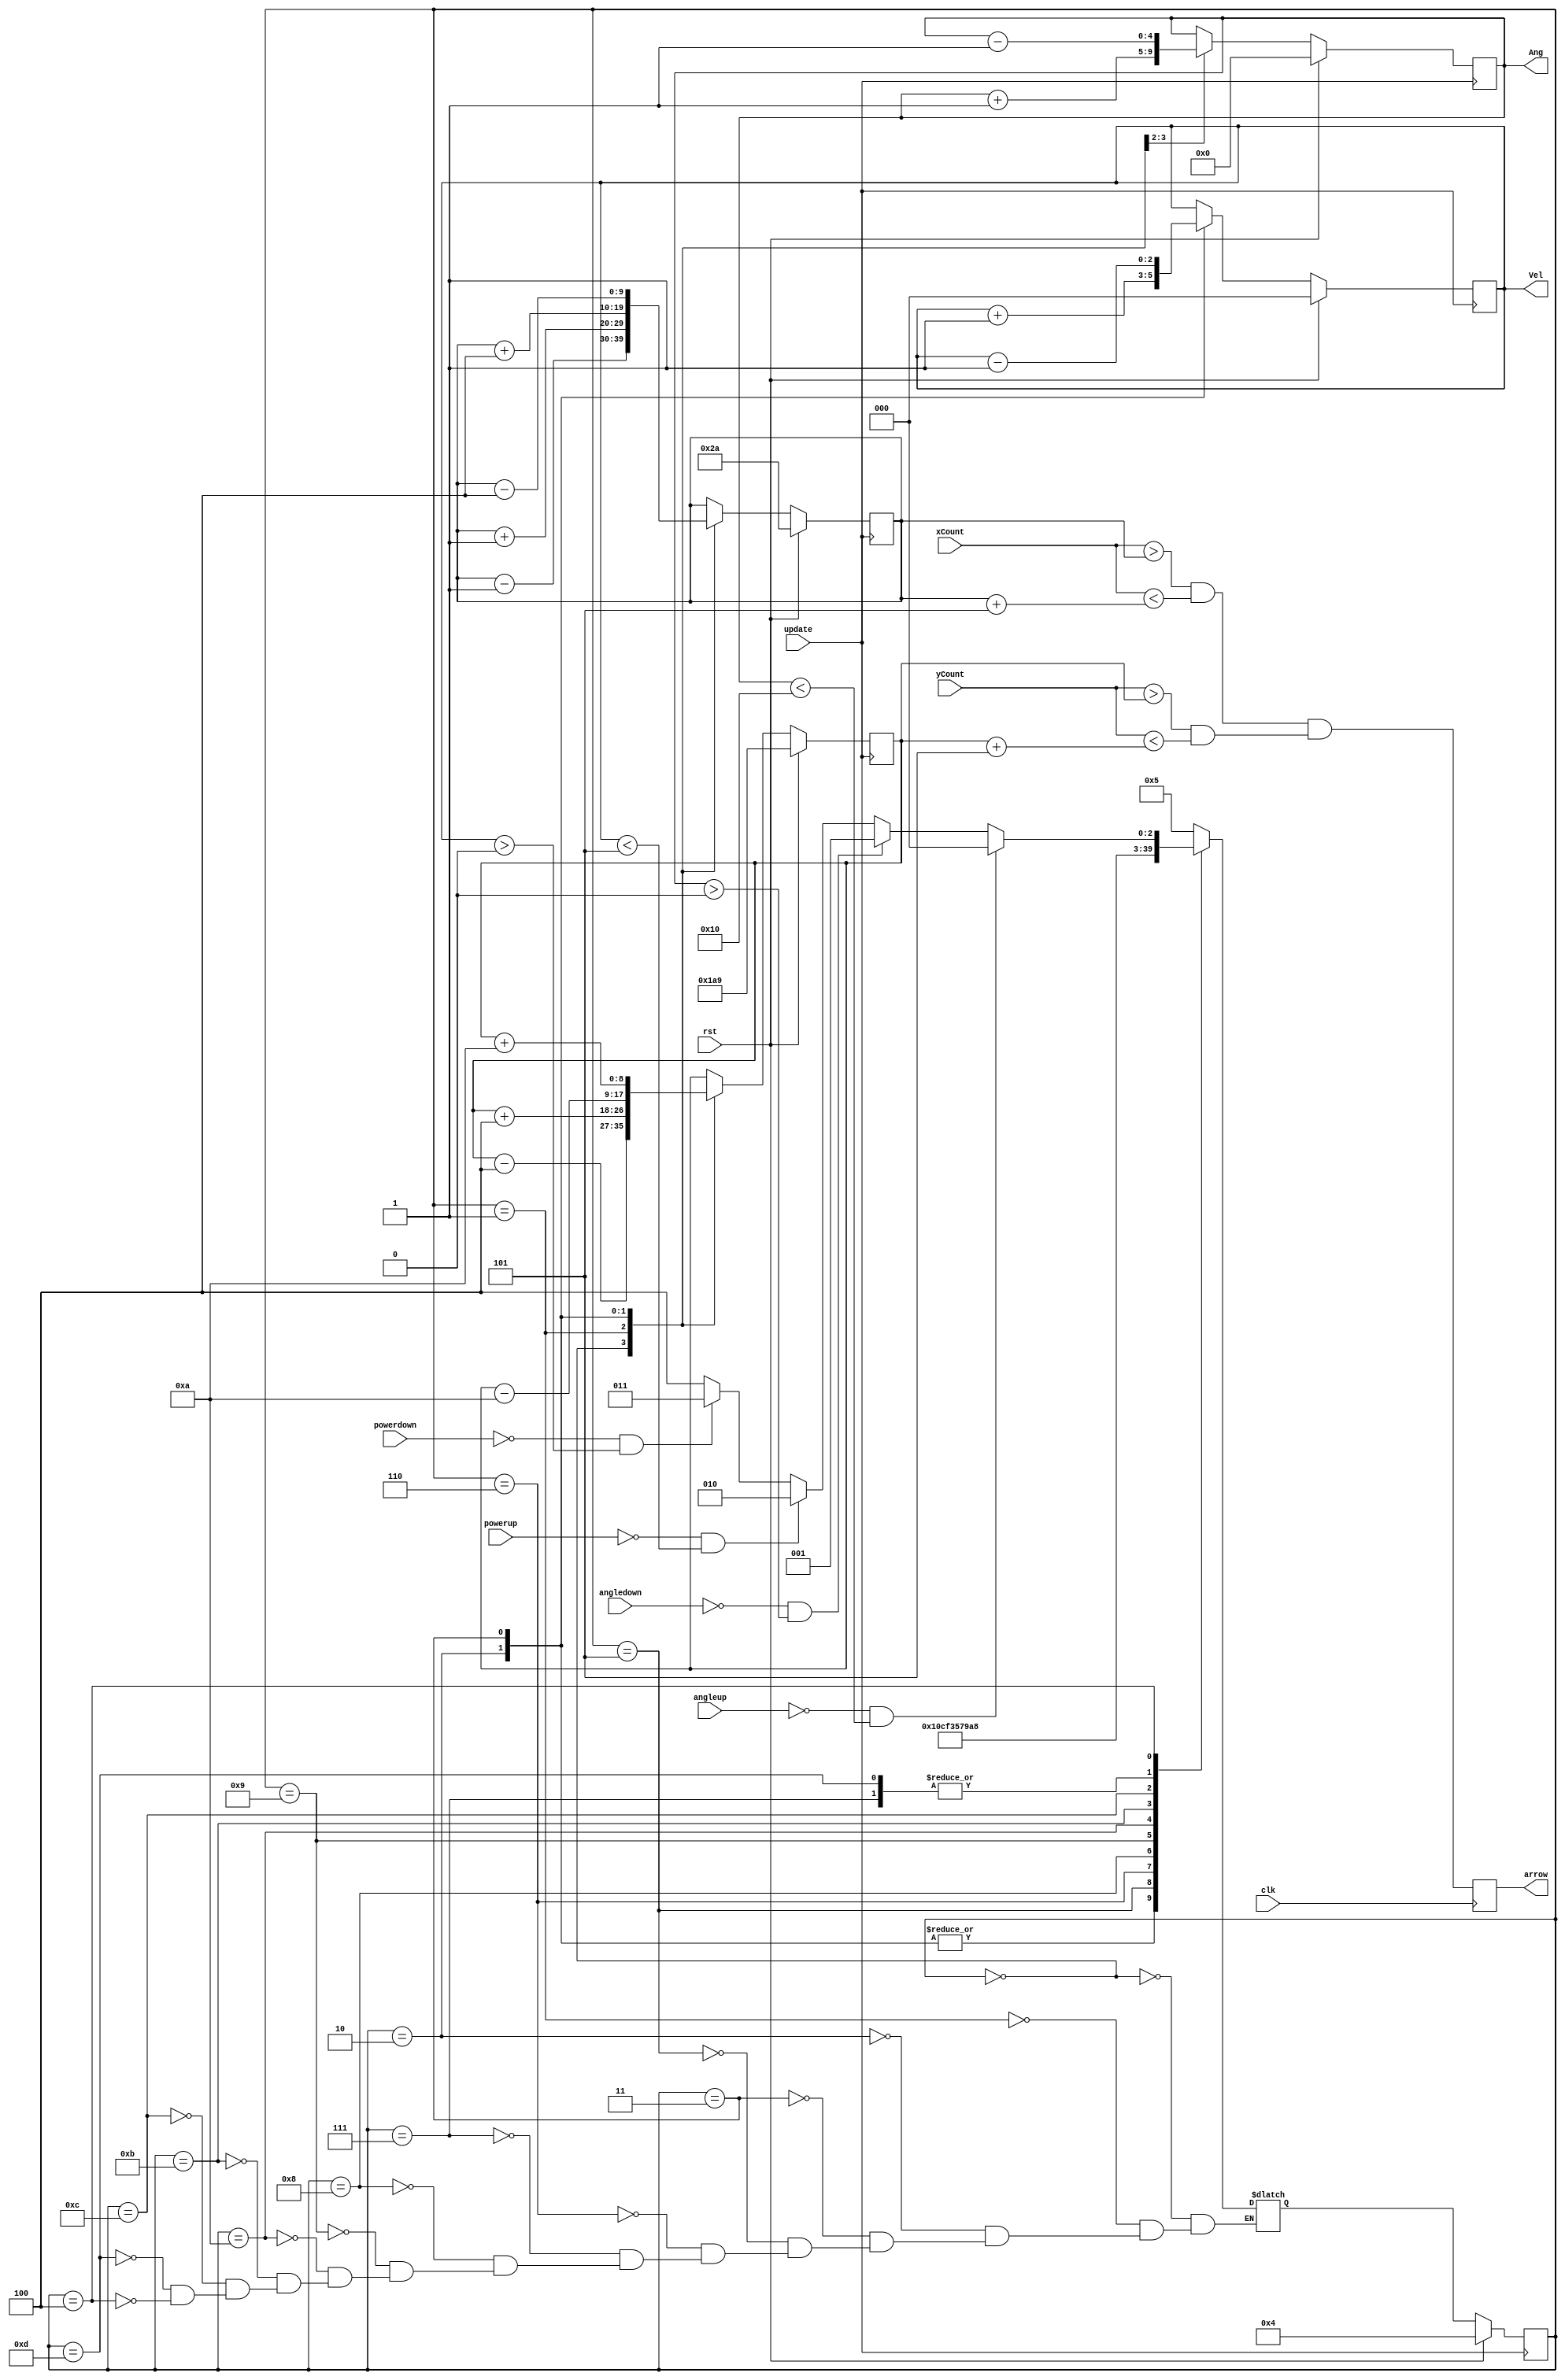
module angle_power(clk, rst, angleup, angledown, powerup, powerdown, update, xCount, yCount, arrow, Vel, Ang);
input clk, rst, angleup, angledown, powerup, powerdown, update;
input [9:0]xCount;
input [9:0]yCount;
output arrow;
output reg[2:0]Vel;
output reg[4:0]Ang;

reg arrow;
wire rst;


always @(posedge clk)
begin
	arrow = (xCount > arrowX[0] && xCount < (arrowX[0] + 10'd5)) && (yCount > arrowY[0] && yCount < (arrowY[0] + 10'd5));

end

reg[9:0] arrowX[0:9];
reg [8:0]arrowY[0:9]; 


//determines the direction and power ball is launched

reg [3:0]S; 
reg [3:0]NS;

localparam ANGLEUP = 4'd0, 
	ANGLEDOWN = 4'd1,
	POWERUP = 4'd2, 
	POWERDOWN = 4'd3, 
	STAY = 4'd4,
	DELAY1A = 4'd5,
	DELAY2A = 4'd6,
	DELAY3A = 4'd7,
	DELAY1P = 4'd8,
	DELAY2P = 4'd9,
	DELAY3P = 4'd10,
	DELAY4P = 4'd11,
	DELAY5P = 4'd12,
	DELAY6P = 4'd13;
	
	always @(posedge update) 
	begin
		if (rst == 1'b1)
			S <= STAY;
		else
			S <= NS;
	end

always @(*) 
	case (S)
		ANGLEUP: NS = DELAY1A;
			
		ANGLEDOWN: NS = DELAY1A;
			
		POWERUP: NS = DELAY1P;
			
		POWERDOWN: NS = DELAY1P;
		
		DELAY1A: NS = DELAY2A;
		
		DELAY2A: NS = DELAY3A;
		
		DELAY3A: NS = STAY;
		
		DELAY1P: NS = DELAY2P;
		
		DELAY2P: NS = DELAY3P;
		
		DELAY3P: NS = DELAY4P;
		
		DELAY4P: NS = DELAY5P;
		
		DELAY5P: NS = DELAY6P;
		
		DELAY6P: NS = STAY;
			
		STAY: 
			begin
				if(angleup == 1'b0 && Ang < 5'd16)
					NS = ANGLEUP;
				else if (angledown == 1'b0 && Ang > 5'd0)
					NS = ANGLEDOWN;
				else if (powerup == 1'b0 && Vel < 3'd5)
					NS = POWERUP;
				else if (powerdown == 1'b0 && Vel > 3'd0)
					NS = POWERDOWN;
				else
					NS = STAY;
			end
	endcase

	always @(posedge update) 
	begin
	if (rst == 1'b1)
		begin //starting position
			arrowX[0] <= 10'd42;
			arrowY[0] <= 9'd425;
			Vel <= 3'd0;
			Ang <= 5'd0;
			
		end
	else
		case(S)
			ANGLEUP:
				begin
					arrowX[0] <= (arrowX[0] - 10'd1);
					arrowY[0] <= (arrowY[0] - 9'd4);
					Ang <= Ang + 5'd1;
				end
			ANGLEDOWN:
				begin
					arrowX[0] <= (arrowX[0] + 10'd1);
					arrowY[0] <= (arrowY[0] + 9'd4);
					Ang <= Ang - 5'd1;
				end
			POWERUP:
				begin
					arrowX[0] <= (arrowX[0] + 10'd4);
					arrowY[0] <= (arrowY[0] - 9'd10);
					Vel <= Vel + 3'd1;
				end
			POWERDOWN:
				begin
					arrowX[0] <= (arrowX[0] - 10'd4);
					arrowY[0] <= (arrowY[0] + 9'd10);
					Vel <= Vel - 3'd1;
				end
			
			STAY:
				begin
					arrowX[0] <= arrowX[0];
					arrowY[0] <= arrowY[0];
					Vel <= Vel;
					Ang <= Ang;
					
				end
		endcase
	end
	
endmodule